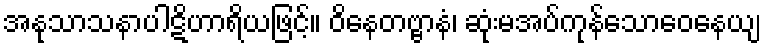
အနုသာသနာပါဋိဟာရိယဖြင့်။ ဝိနေတဗ္ဗာနံ၊ ဆုံးမအပ်ကုန်သောဝေနေယျ